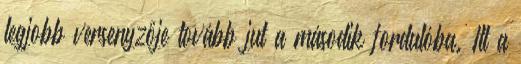
legjobb versenyzője tovább jut a második fordulóba. Itt a